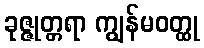
ခုဇ္ဇုတ္တရာ ကျွန်မဝတ္ထု